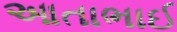
આતાભાઈ